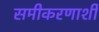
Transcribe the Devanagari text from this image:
समीकरणाशी